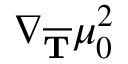
\nabla _ { \overline { { \mathbf { { T } } } } } \mu _ { 0 } ^ { 2 }